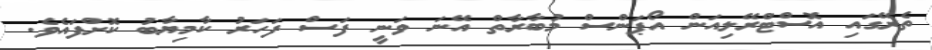
ތެރޭގައި އޮސްޓްރޭލިއަން އޯޕަންސް މުބާރާތް އޭނަ ވަނީ ފަސް ފަހަރު ކާމިޔާބު ކޮށްފައެވެ.